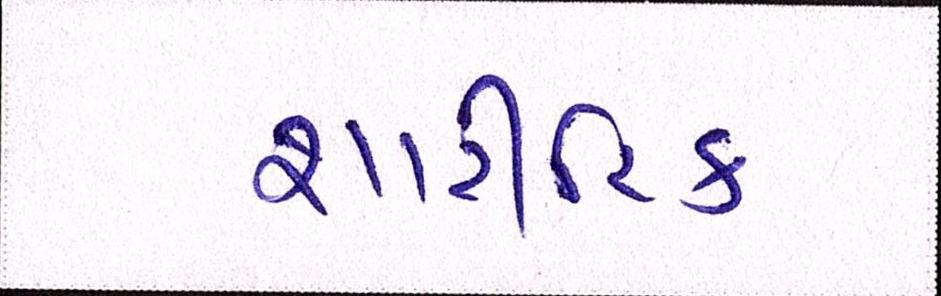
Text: શારીરિક